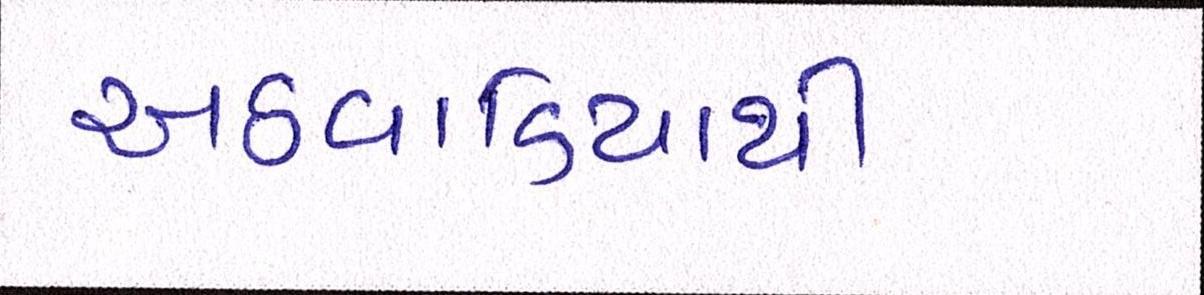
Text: અઠવાડિયાથી